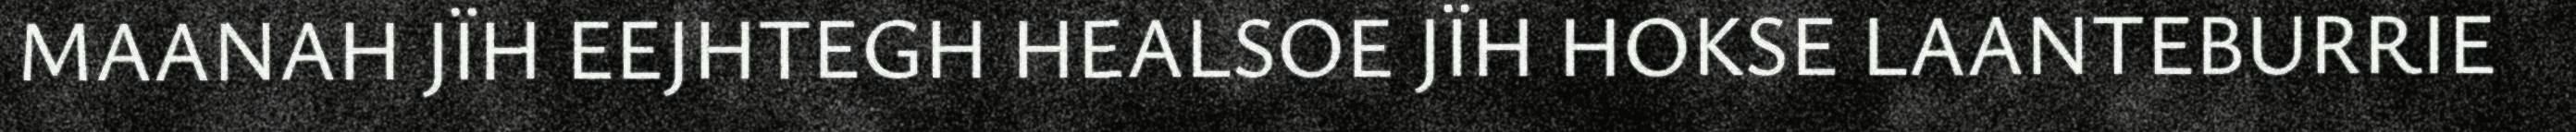
MAANAH JÏH EEJHTEGH HEALSOE JÏH HOKSE LAANTEBURRIE